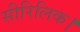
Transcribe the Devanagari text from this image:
सीरिलिक।